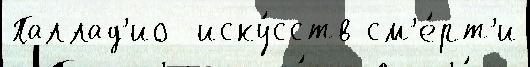
Паллад'ио  иску́сств см'е́рт'и